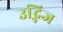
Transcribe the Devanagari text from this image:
उद्भिज